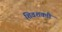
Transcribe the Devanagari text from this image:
शिवशक्ती